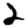
Digit: 2